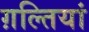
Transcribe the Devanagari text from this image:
ग़ल्तियां